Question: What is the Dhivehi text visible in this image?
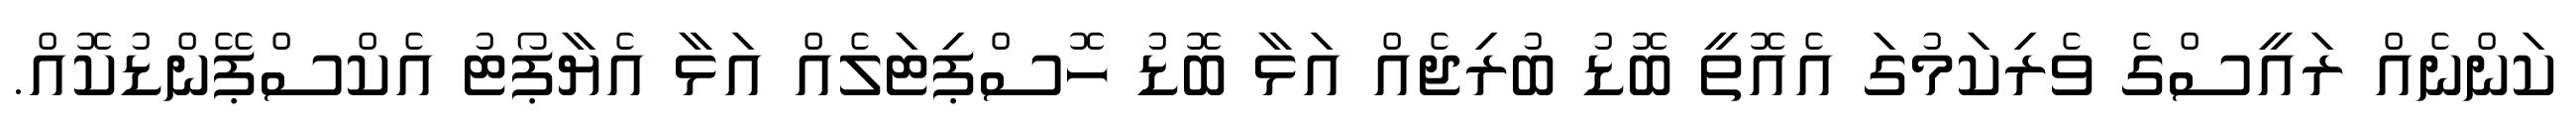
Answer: ކަންނެއް ރައީސްގެ ވެރިކަމުގަ އެއޮތީ ބޮޑު ބުރިޖެއް އަޅާ ބޮޑު ހޮސްޕިޓަލެއް އަޅާ އެޔާޕޯޓު އެކްސްޕޭންޑުކޮއް.